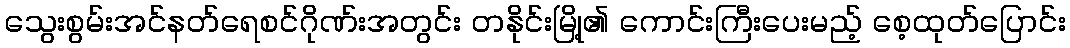
သွေးစွမ်းအင်နတ်ရေစင်ဂိုဏ်းအတွင်း တနိုင်းမြို့၏ ကောင်းကြီးပေးမည့် စေ့ထုတ်ပြောင်း